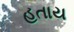
હતાય